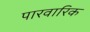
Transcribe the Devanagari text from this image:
पारवारिक